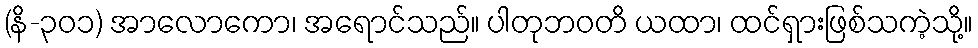
(နိ-၃၀၁) အာလောကော၊ အရောင်သည်။ ပါတုဘဝတိ ယထာ၊ ထင်ရှားဖြစ်သကဲ့သို့။